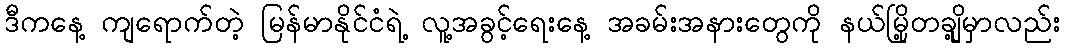
ဒီကနေ့ ကျရောက်တဲ့ မြန်မာနိုင်ငံရဲ့ လူ့အခွင့်ရေးနေ့ အခမ်းအနားတွေကို နယ်မြို့တချို့မှာလည်း